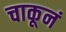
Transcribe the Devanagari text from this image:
चाकूनं